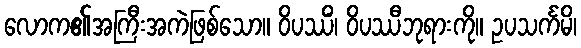
လောက၏အကြီးအကဲဖြစ်သော။ ဝိပဿိံ၊ ဝိပဿီဘုရားကို။ ဥပသင်္ကမိ၊